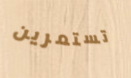
تستمرين